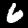
Digit: 6